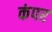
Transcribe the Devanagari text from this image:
कंपर